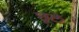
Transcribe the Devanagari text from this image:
छूटें।